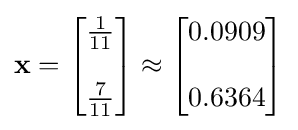
\mathbf {x} ={\begin{bmatrix}{\frac {1}{11}}\\\\{\frac {7}{11}}\end{bmatrix}}\approx {\begin{bmatrix}0.0909\\\\0.6364\end{bmatrix}}